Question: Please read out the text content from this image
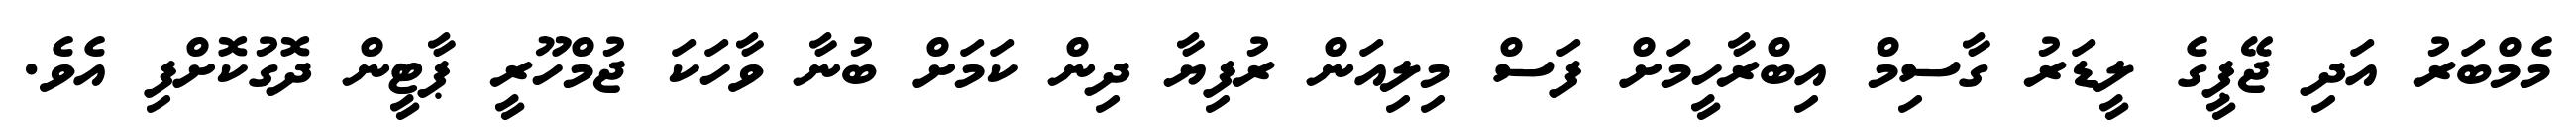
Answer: މެމްބަރު އަދި ޖޭޕީގެ ލީޑަރު ގާސިމް އިބްރާހީމަށް ފަސް މިލިއަން ރުފިޔާ ދިން ކަމަށް ބުނާ ވާހަކަ ޖުމްހޫރީ ޕާޓީން ދޮގުކޮށްފި އެވެ.